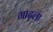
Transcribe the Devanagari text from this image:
गाढ़ला